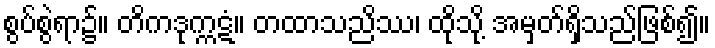
စွပ်စွဲရာ၌။ တိကဒုက္ကဋံ။ တထာသညိဿ၊ ထိုသို့ အမှတ်ရှိသည်ဖြစ်၍။